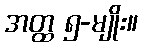
အတ္ထ ၅-မျိုး။